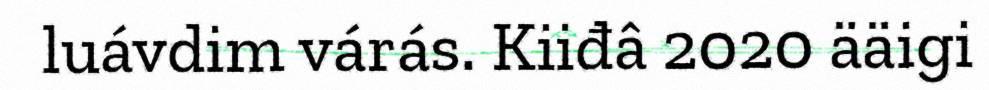
luávdim várás. Kiiđâ 2020 ääigi